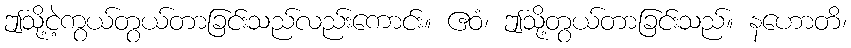
ဤသို့ငဲ့ကွယ်တွယ်တာခြင်းသည်လည်းကောင်း။ ဧဝံ၊ ဤသို့တွယ်တာခြင်းသည်။ နဟောတိ၊